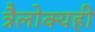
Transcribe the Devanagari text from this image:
त्रैलोक्यही